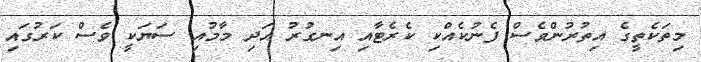
މިތަކެތީގެ އިތުރުންވެސް ފެނުކެއްކި ކެރެޓާއި އިނގުރު އަދި މާމުއި ސަޔަކީ ވެސް ކަރުގައި